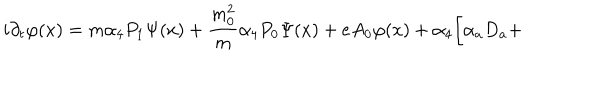
LaTeX: i \partial _ { t } \varphi ( x ) = m \alpha _ { 4 } P _ { 1 } \Psi ( x ) + \frac { m _ { 0 } ^ { 2 } } { m } \alpha _ { 4 } P _ { 0 } \Psi ( x ) + e A _ { 0 } \varphi ( x ) + \alpha _ { 4 } \biggl [ \alpha _ { a } D _ { a } +